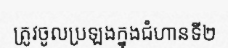
ត្រូវចូលប្រឡងក្នុងជំហានទី២